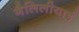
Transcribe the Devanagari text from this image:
गैलिलीयाई